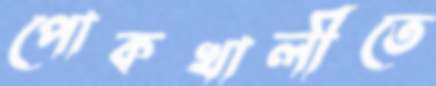
পোকখালীতে